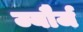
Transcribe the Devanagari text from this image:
ज्यौर्ज